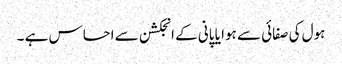
ہول کی صفائی سے ہوا یا پانی کے انجکشن سے احساس ہے ۔